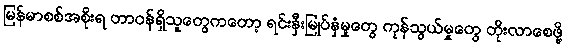
မြန်မာစစ်အစိုးရ တာဝန်ရှိသူတွေကတော့ ရင်းနှီးမြုပ်နှံမှုတွေ ကုန်သွယ်မှုတွေ တိုးလာစေဖို့